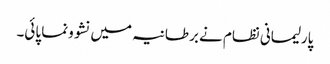
پارلیمانی نظام نے برطانیہ میں نشوونما پائی۔